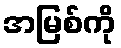
အမြစ်ကို